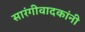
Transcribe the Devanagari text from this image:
सारंगीवादकांनी